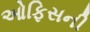
ઓફિસની